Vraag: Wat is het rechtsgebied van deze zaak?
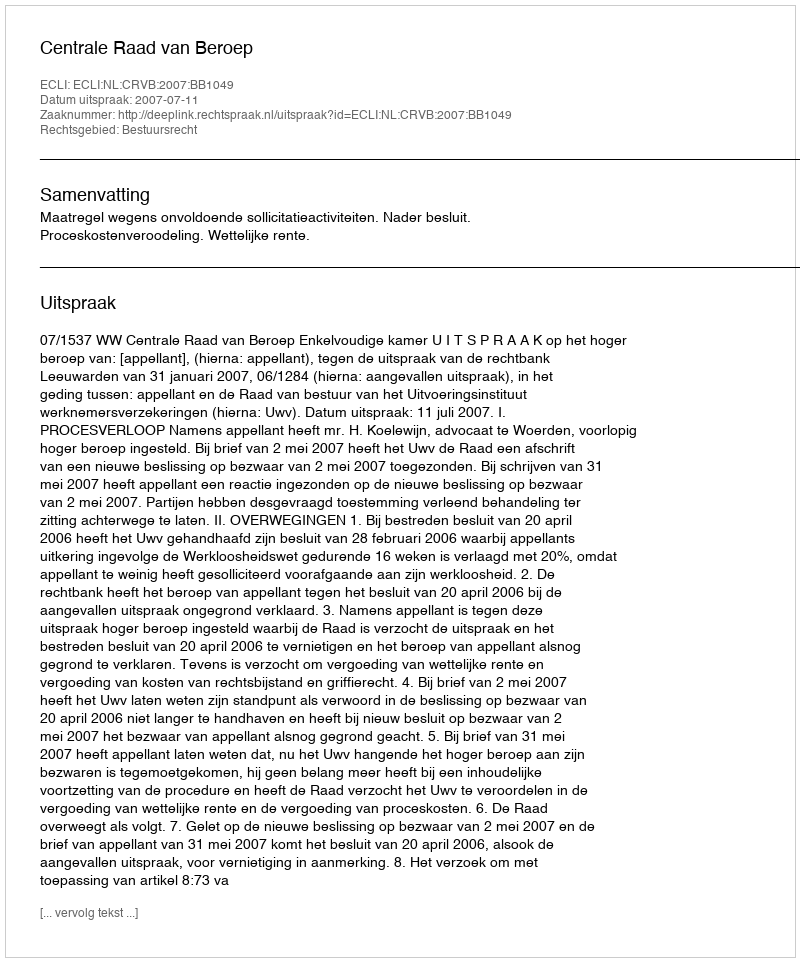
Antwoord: Bestuursrecht